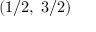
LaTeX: ( 1 / 2 , \; 3 / 2 )